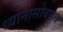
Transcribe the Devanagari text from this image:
ध्यानासोबतच